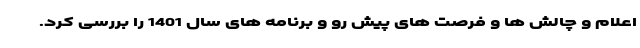
اعلام و چالش ها و فرصت های پیش رو و برنامه های سال 1401 را بررسی کرد.